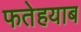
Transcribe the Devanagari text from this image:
फतेहयाब